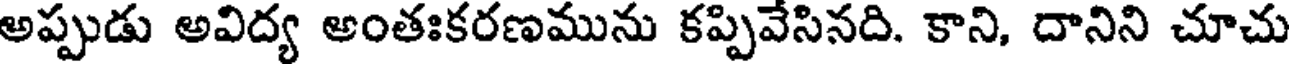
అప్పుడు అవిద్య అంతఃకరణమును కప్పివేసినది. కాని, దానిని చూచు